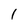
Character: 1